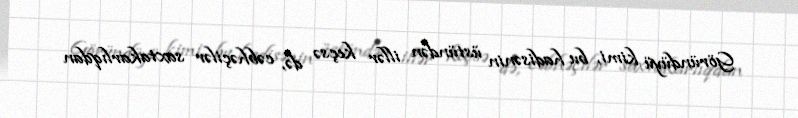
Göründüyü kimi, bu hadisənin üstündən illər keçsə də, cəbhəçilər saxtakarlıqdan